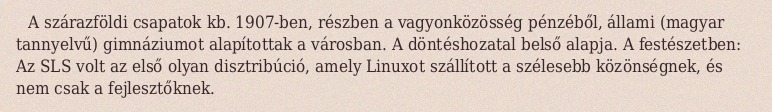
A szárazföldi csapatok kb. 1907-ben, részben a vagyonközösség pénzéből, állami (magyar tannyelvű) gimnáziumot alapítottak a városban. A döntéshozatal belső alapja. A festészetben: Az SLS volt az első olyan disztribúció, amely Linuxot szállított a szélesebb közönségnek, és nem csak a fejlesztőknek.